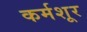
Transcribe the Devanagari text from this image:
कर्मशूर